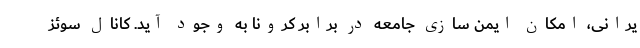
یرانی، امکان ایمن سازی جامعه در برابر کرونا به وجود آید. کانال سوئز